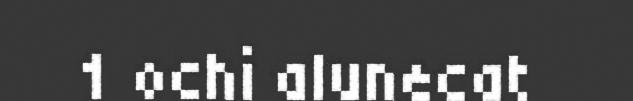
1 ochi alunecat